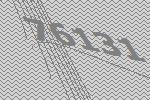
76131